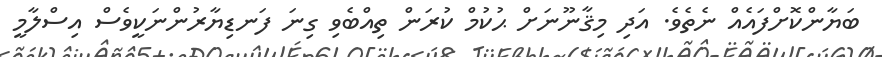
ބަޔާންކޮށްފައެއް ނެތެވެ. އަދި މިޤާނޫނަށް ޙުކުމް ކުރަން ތިއްބެވި ގިނަ ފަނޑިޔާރުންނަކީވެސް އިސްލާމީ